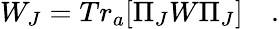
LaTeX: W_{J}=Tr_{a}[\Pi_{J}W\Pi_{J}]\quad.